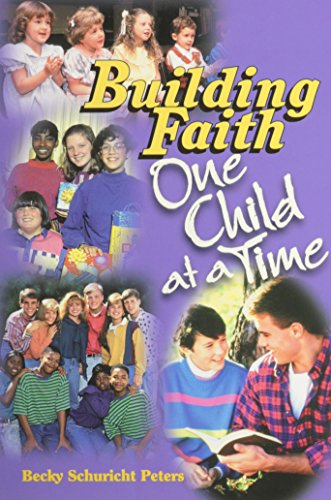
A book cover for Building Faith: One Child at a Time; Becky Schuricht Peters; Christian Books & Bibles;